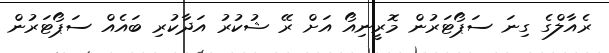
ރެއާލްގެ ގިނަ ސަޕޯޓަރުން މޮރީނިއޯ އަށް ރޭ ޝުކުރު އަދާކުރި ބައެއް ސަޕޯޓަރުން